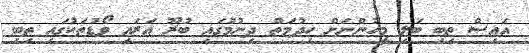
އައިސް ތިބި ބަލި މީހުންނަށް ހިދުމަތް ދިނުމުގައި ބުރޫ އަރައި ވޯޑުތަކުގައި ތިބި